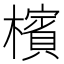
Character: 檳